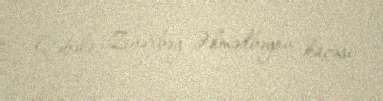
Qəbələ, Zivərbəy Əhmədbəyov küçəsi